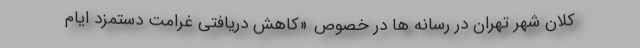
کلان شهر تهران در رسانه ها در خصوص «کاهش دریافتی غرامت دستمزد ایام